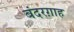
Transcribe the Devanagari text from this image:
बंदरग़ाह